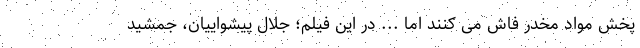
پخش مواد مخدر فاش می کنند اما ... در این فیلم؛ جلال پیشواییان، جمشید